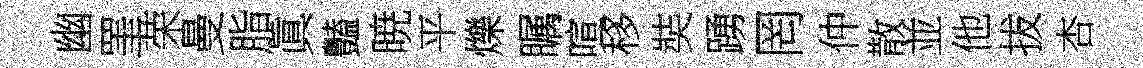
幽罣荣曼脂眞豔暁平爍瞩喧移奘踴罔仲散並他拔杏